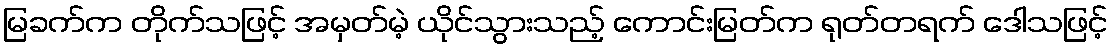
မြခက်က တိုက်သဖြင့် အမှတ်မဲ့ ယိုင်သွားသည့် ကောင်းမြတ်က ရုတ်တရက် ဒေါသဖြင့်